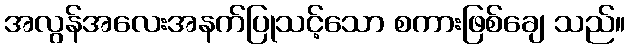
အလွန်အလေးအနက်ပြုသင့်သော စကားဖြစ်ချေ သည်။